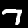
Digit: 7